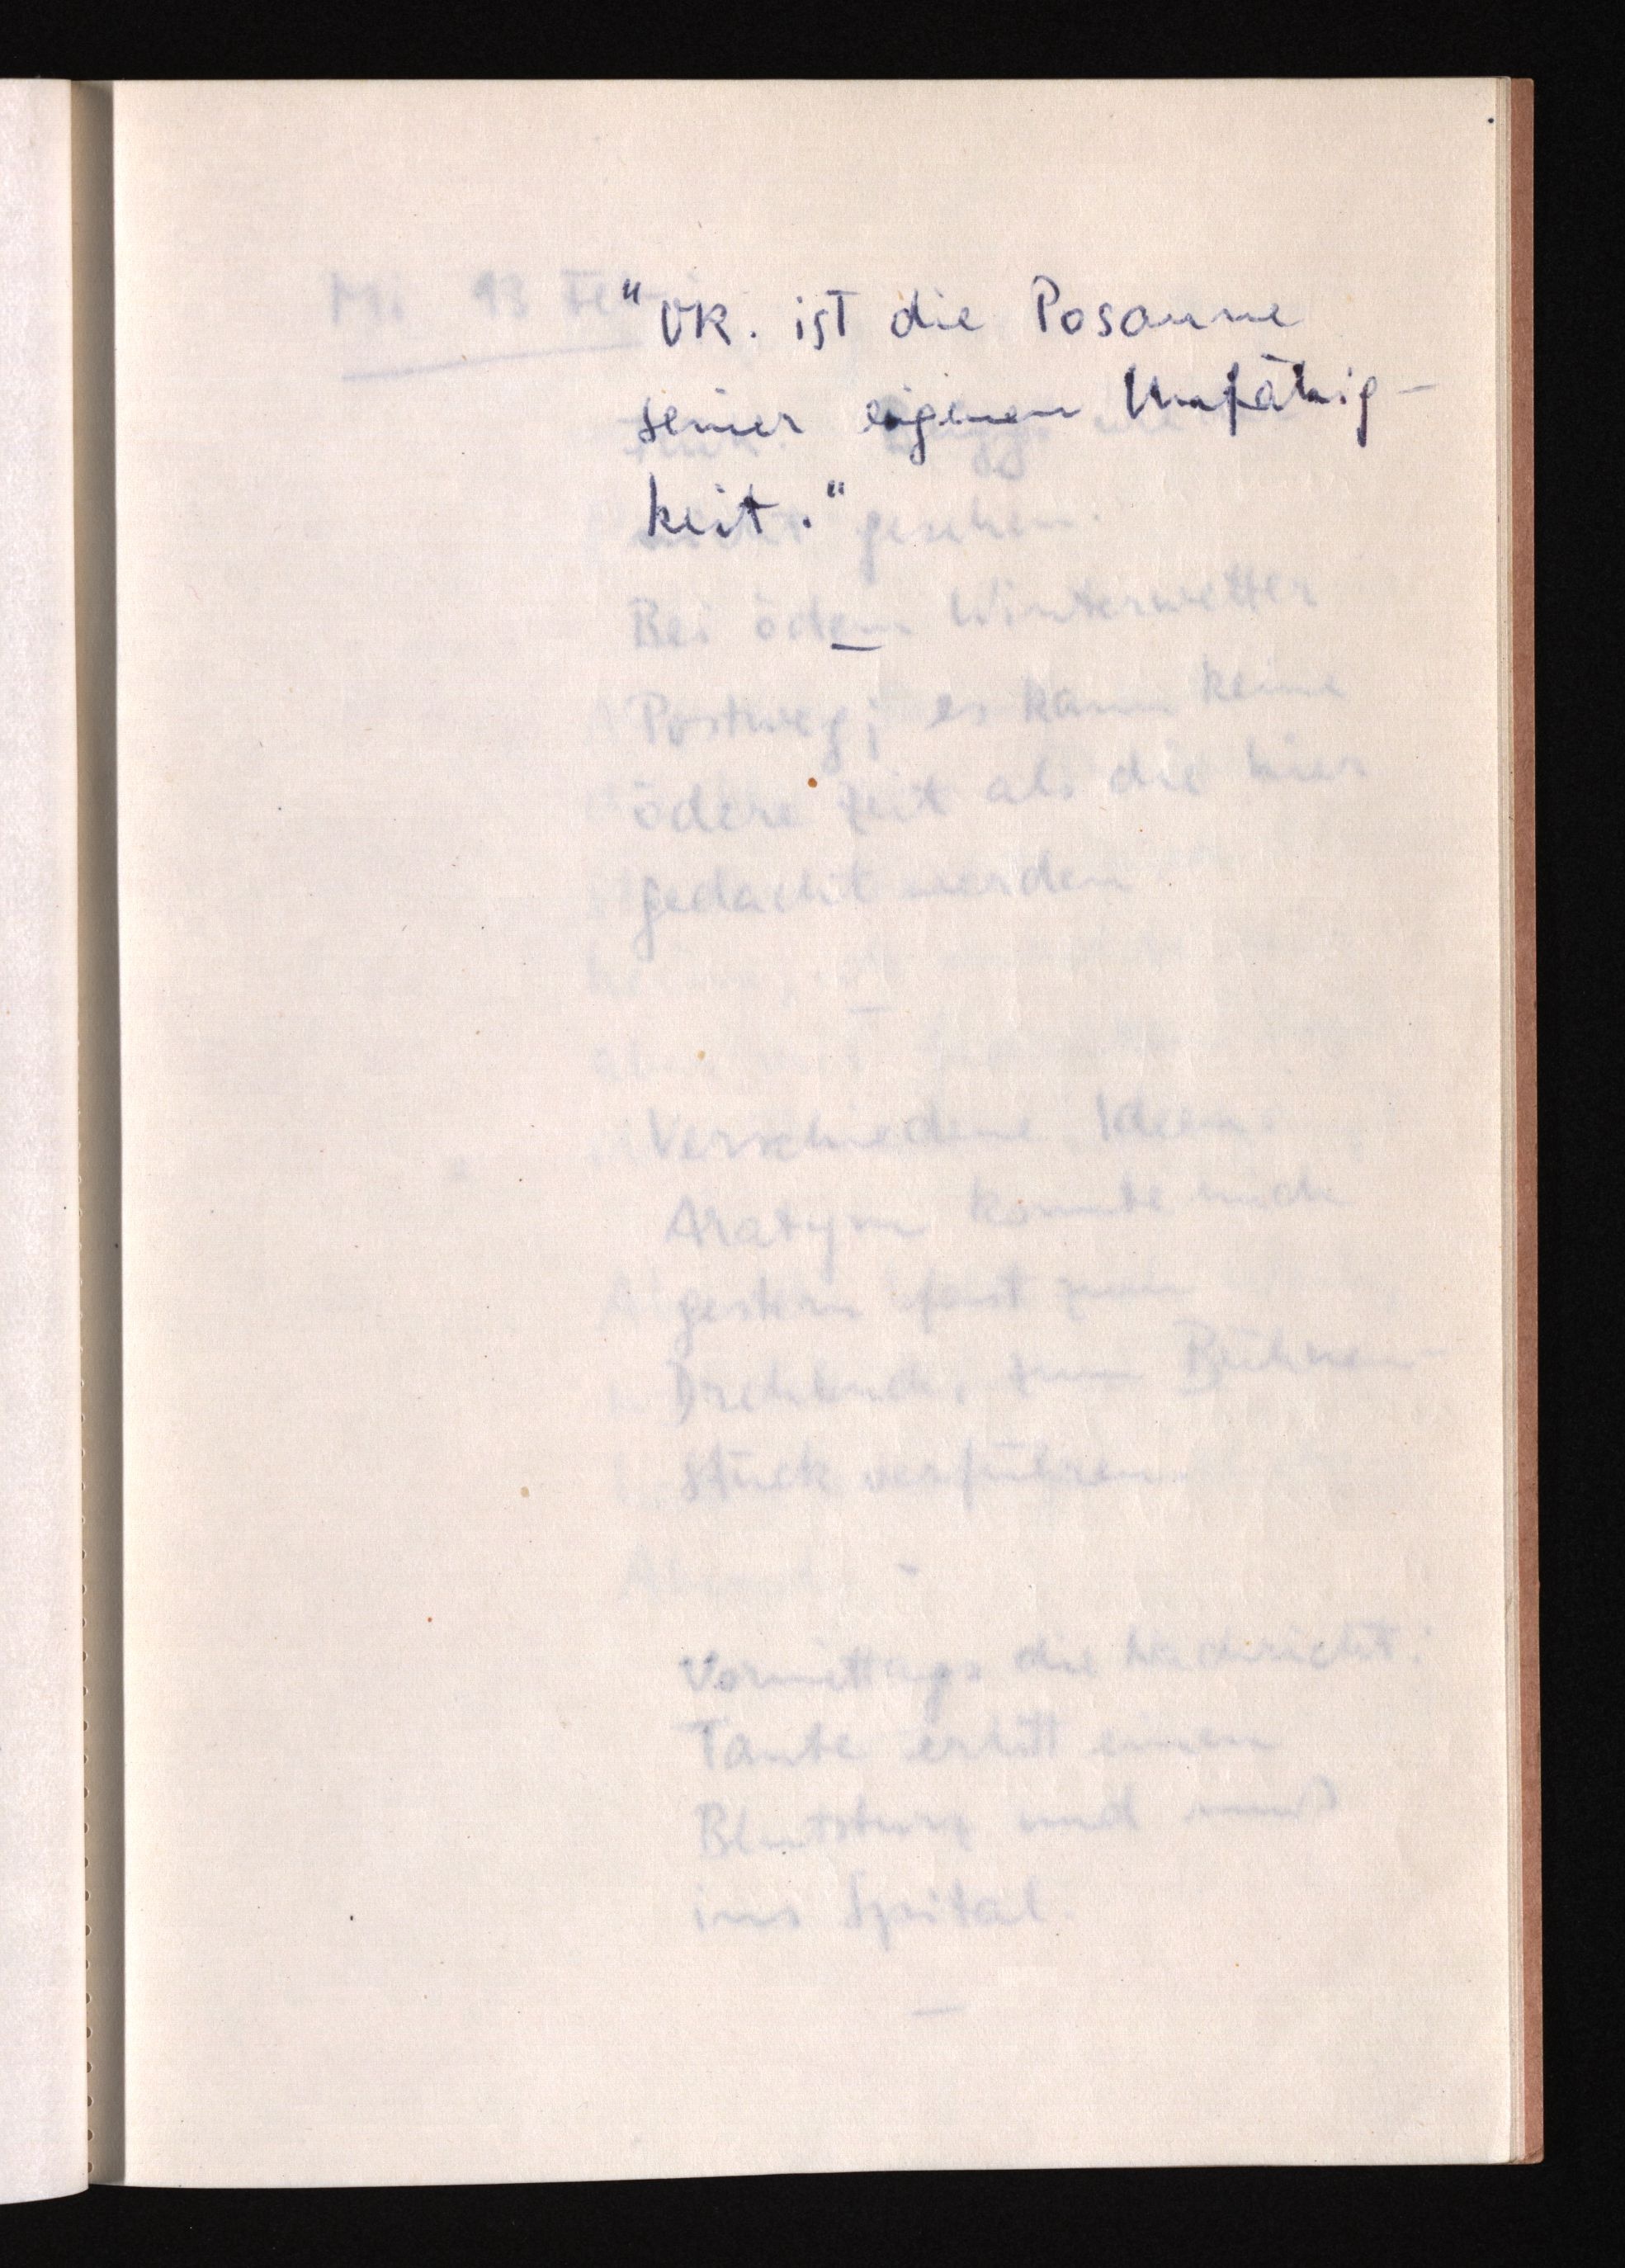
"Ok. ist die Posaune
seiner eigenen Unfähig¬
keit."